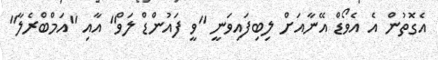
އެގޮތުން އެ އެވޯޑް އޭނާއަށް ލިބިފައިވަނީ "ވީ ފައުންޑް ލަވް" އާއި "އަމްބްރެލާ"